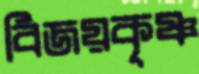
বিজয়কৃষ্ণ